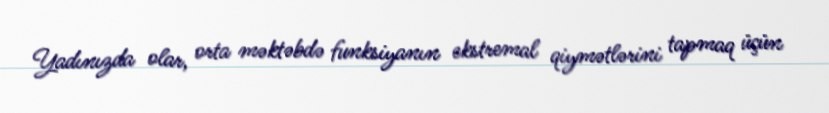
Yadınızda olar, orta məktəbdə funksiyanın ekstremal qiymətlərini tapmaq üçün